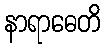
နာရာဓေတိ